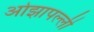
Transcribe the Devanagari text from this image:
ओझापल्ली